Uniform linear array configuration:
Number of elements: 24
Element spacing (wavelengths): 0.5
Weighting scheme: hamming
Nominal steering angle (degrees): -30
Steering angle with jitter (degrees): -30.686
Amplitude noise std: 0.05
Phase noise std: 0.05

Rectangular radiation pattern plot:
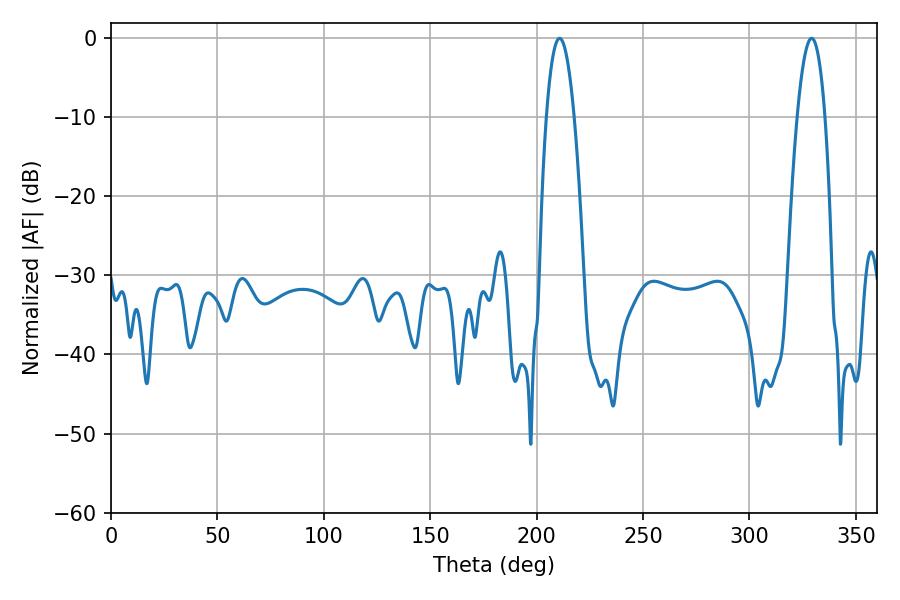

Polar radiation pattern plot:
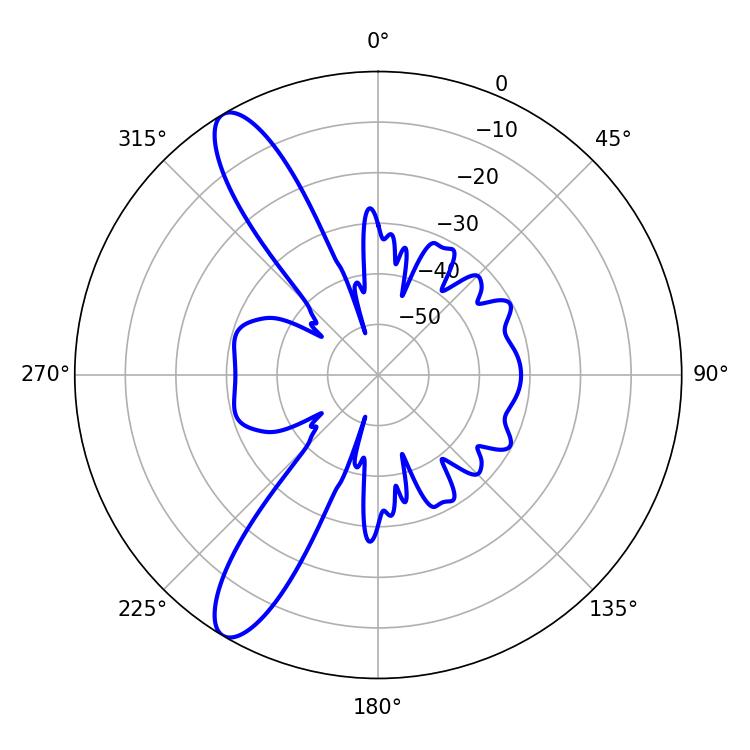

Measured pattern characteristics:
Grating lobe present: FALSE
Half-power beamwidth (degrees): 7.2
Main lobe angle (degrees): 210.78